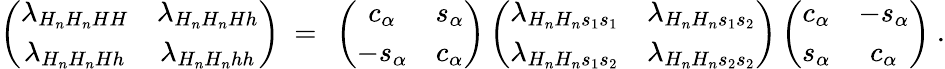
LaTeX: \left(\begin{array}{cc}{{\lambda_{H_{n}H_{n}HH}}}&{{\lambda_{H_{n}H_{n}Hh}}}\\ {{\lambda_{H_{n}H_{n}Hh}}}&{{\lambda_{H_{n}H_{n}hh}}}\end{array}\right)\ =\ \left(\begin{array}{cc}{{c_{\alpha}}}&{{s_{\alpha}}}\\ {{-s_{\alpha}}}&{{c_{\alpha}}}\end{array}\right)\left(\begin{array}{cc}{{\lambda_{H_{n}H_{n}s_{1}s_{1}}}}&{{\lambda_{H_{n}H_{n}s_{1}s_{2}}}}\\ {{\lambda_{H_{n}H_{n}s_{1}s_{2}}}}&{{\lambda_{H_{n}H_{n}s_{2}s_{2}}}}\end{array}\right)\left(\begin{array}{cc}{{c_{\alpha}}}&{{-s_{\alpha}}}\\ {{s_{\alpha}}}&{{c_{\alpha}}}\end{array}\right)~.